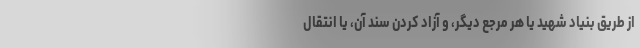
از طریق بنیاد شهید یا هر مرجع دیگر، و آزاد کردن سند آن، یا انتقال